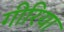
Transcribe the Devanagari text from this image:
गीरिया